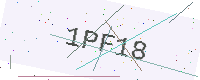
Text: 1PF18